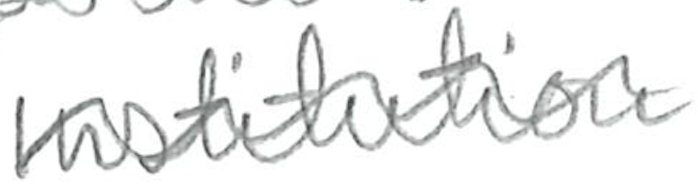
Text: Institution
Cross-out: wave
Writing tool: pencil